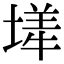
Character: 㙚